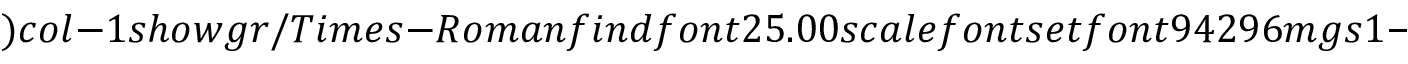
) c o l - 1 s h o w g r / T i m e s - R o m a n f i n d f o n t 2 5 . 0 0 s c a l e f o n t s e t f o n t 9 4 2 9 6 m g s 1 - 1 s c a l e (